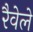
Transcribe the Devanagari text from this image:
रैवेले